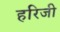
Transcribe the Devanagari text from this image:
हरिजी